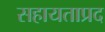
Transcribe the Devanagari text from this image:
सहायताप्रद